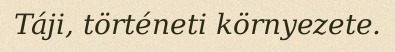
Táji, történeti környezete.